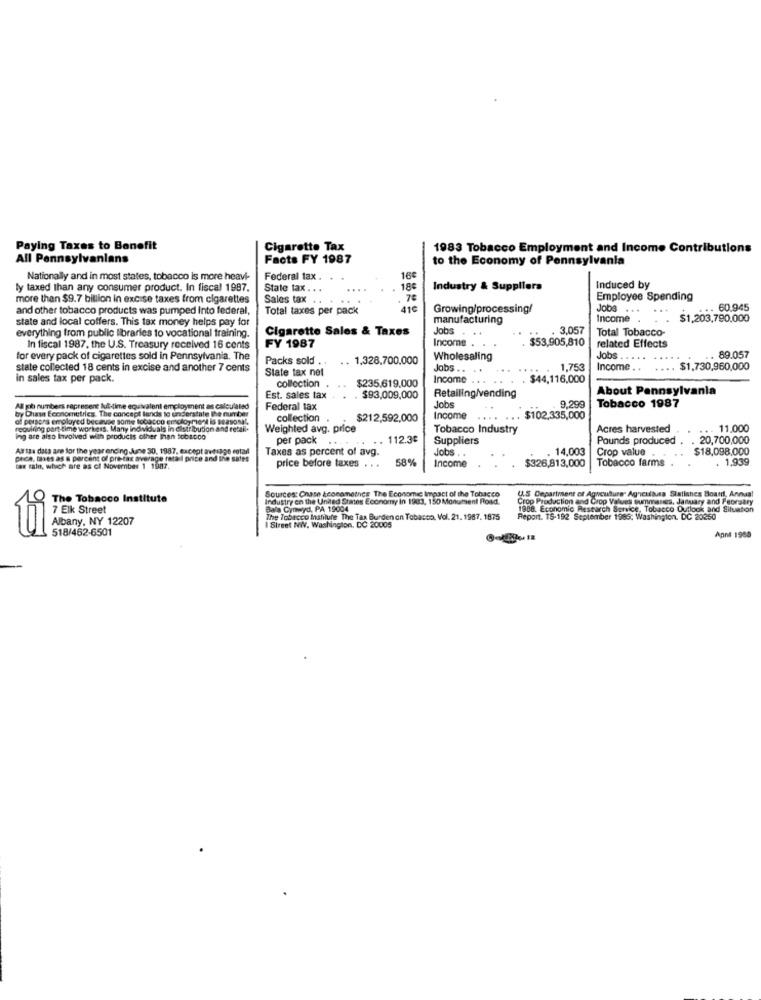
Paying Taxes to Benefit
Cigarette Tax
1983 Tobacco Employment and Income Contributions
All Pennsylvanians
Facts FY 1987
to the Economy of Pennsylvania
Nationally and in most states, tobacco is more heavi-
Federal tax . ..
16
ly taxed than any consumer product. In fiscal 1987.
State tax . . .
18€
Industry & Suppliers
Induced by
more than $9.7 billion in excise taxes from cigarettes
Sales tax . .
..
7€
Employee Spending
and other tobacco products was pumped into federal,
Total taxes per pack
110
Growing/processing/
Jobs ...
60.945
state and local coffers. This tax money helps pay for
manufacturing
Income .
$1,203,790,000
Cigarette Sales & Taxes
Jobs.
. 3,057
Total Tobacco-
everything from public libraries to vocational training.
FY 1987
Income .
$53,905,810
related Effects
In fiscal 1987, the U.S. Treasury received 16 cents
for every pack of cigarettes sold in Pennsylvania. The
Packs sold
.. 1,328,700.000
Wholesaling
Jobs
. 89.057
state collected 18 cents in excise and another 7 cents
State tax nel
Jobs ..
1,753
Income .. .... $1.730,960,000
in sales tax per pack.
$235.619,000
Income
. $44,116,000
collection
About Pennsylvania
Est. sales tax
$93,009,000
Retailing/vending
Jobs
Tobacco 1987
All gb numbers represent lul-time equivalent employment as calculated
by Dhuse Econometrics. The concept lands to understale the number
Federal tax
9.299
of persons employed because some tobacco employment la season".
collection
$212,592,000
Income
.... ...
$102.335,000
requiring part time workers. Many individuals in distribution and retail.
Weighted avg. price
Tobacco Industry
Acres harvested
.. . 11.000
ing are also Involved with products other Than tobacco
per pack ..
.. 112.3€
Suppliers
Pounds produced
. 20,700,000
As tax data are for the year encing.June 30. 1987, except avtiago cotail
Taxes as percent of avg.
Jobs
14,003
Crop value
$18,098,000
pece, taxes as a percent of pre-tax average retail price and the sales
price before taxes .. .
58%
Income
$326,813,000
Tobacco farms
. 1,939
tax rate, which are as of November 1 1987.
Sources: Chase Leonameines The Economic Impact of the Tobacco
U.S Department of Aguculture" Agricultura Statishes Board, Annual
The Tobacco Institute
Industry en the United States Economy In 1983. 150 Monument Road.
Crop Production and Crop Values summanes, January and February
7 Elk Street
Bala Cynwyd, PA 19004
1988. Economic Research Service, Tobacco Outlook and Situation
Albany, NY 12207
The Tobacco Institute The Tax Burden on Tobacco, Vol. 21. 1987. 1875
Report. 15-192 September 1985: Washington, DC 20260
tui
518/462-6501
I Street NWV. Washington, DC 20005
Aont 1988